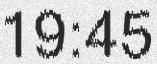
19:45